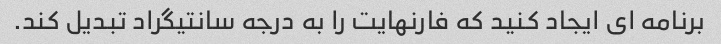
برنامه ای ایجاد کنید که فارنهایت را به درجه سانتیگراد تبدیل کند.